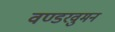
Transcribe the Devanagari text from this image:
वण्डरवुमन